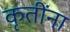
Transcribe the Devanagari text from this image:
कृतींना